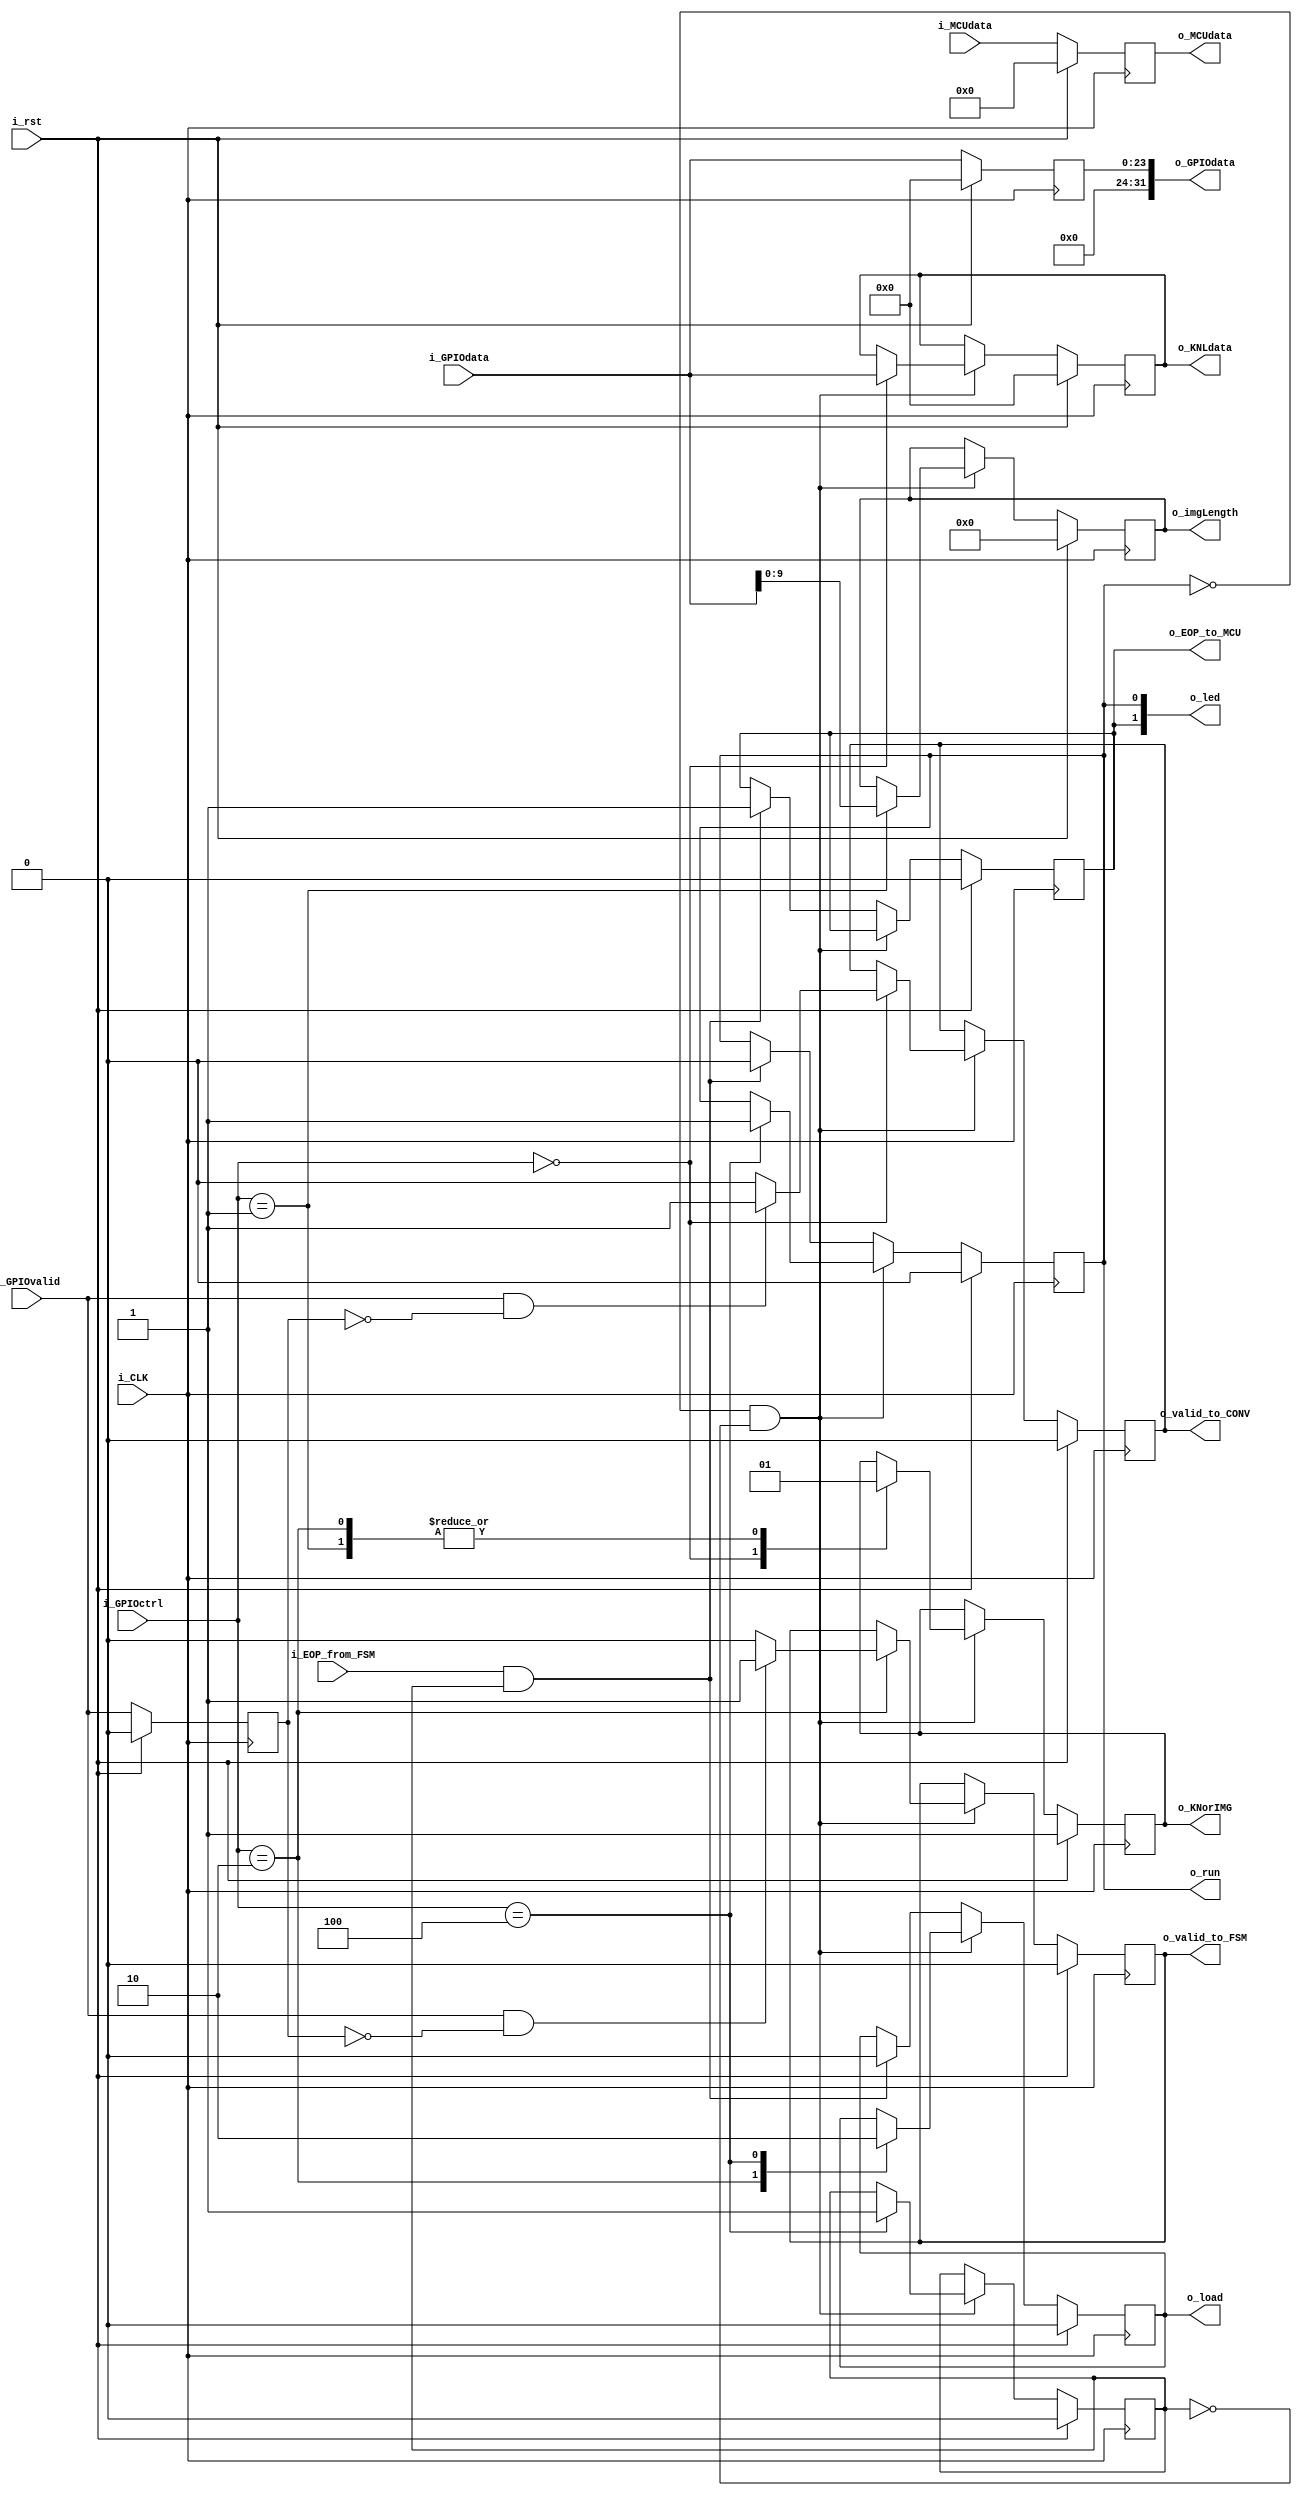
`timescale 1ns / 1ps
//////////////////////////////////////////////////////////////////////////////////
//
// Design Name: Control Block
// Module Name: controlBlock
// Project Name: Img project
// Target Devices: Arty 7
// Tool Versions: 2017.3
// Description: Register file
// 
// Dependencies: 
// 
// Revision:
// Revision 0.01 - File Created
// Additional Comments:
// 
//////////////////////////////////////////////////////////////////////////////////



module ControlBlock(       i_GPIOvalid, 
                            i_GPIOctrl, 
                            i_GPIOdata,
                                 i_rst,
                                 i_CLK,
                        i_EOP_from_FSM, 
                             i_MCUdata,
                            o_GPIOdata,
                                 o_led,
                                o_load,
                           o_imgLength,
                          o_EOP_to_MCU,
                             o_MCUdata,
                                 o_run,
                        o_valid_to_FSM,
                       o_valid_to_CONV, 
                             o_KNLdata,
                              o_KNorIMG
                      );

    
     /*      Register file:
           
           BITS MS SIGNIFICATIVOS (GPIO[31:29])
           
                Cdigo instruccin              Accin
                
                     000                      Cargar kernell
                     001                      Cargar Img_size
                     010                      Cargar Imagen
                     011                      Pedir dato
                     100                      Cambio de estado (a precesamiento)
                     -----------------------------------------
                     101-111                  No utilizados
                     ---------------------------------------
           
           LSB ( GPIOctrl) -> VALID (bit 28 desde top_microblaze; estn los buses separados)
    
        */
      
  //Parametrizacin
  localparam Kernel_load     = 0; 
  localparam ImgSize_load    = 1; 
  localparam Img_load        = 2;
  localparam Data_request    = 3;
  localparam ImgFinished     = 4;  

 //Definicion de puertos
  input  [23:0] i_GPIOdata;
  input  [12:0] i_MCUdata;
  input   [2:0] i_GPIOctrl;
  input         i_GPIOvalid;
  input         i_rst;
  input         i_CLK;
  input         i_EOP_from_FSM;
 
 
  output [31:0] o_GPIOdata;
  output [23:0] o_KNLdata;
  output [12:0] o_MCUdata;
  output  [9:0] o_imgLength;
  output  [2:0] o_led; //o_estado
  output        o_EOP_to_MCU;
  output        o_run;
  output        o_valid_to_FSM;
  output        o_valid_to_CONV;
  output        o_KNorIMG;
  output        o_load;

  reg    [23:0] dataKERNEL;
  reg    [23:0] dataGPIO;
  reg    [12:0] dataMCU;  
  reg    [9:0] imgLength;
  reg     [1:0] go_to_led;     
  reg           validFSM;
  reg           validCONV;
  reg           GPIO_valid_previous_state;
  reg           KI;
  reg           load_reg;
  reg           run_reg;
  reg           EoPMCU_reg;
  reg           go_to_leds;
  reg           runControl;
  // En principio no haria falta el latcheo: reg [3:0] controlGPIO;
    
 //Registers:
  assign {o_valid_to_FSM}  = validFSM;
  assign {o_valid_to_CONV} = validCONV;
  assign {o_KNorIMG}       = KI;
  assign {o_imgLength}     = imgLength;
  assign {o_GPIOdata}      = dataGPIO;
  assign {o_MCUdata}       = dataMCU;
  assign {o_run}           = run_reg;
  assign {o_EOP_to_MCU}    = EoPMCU_reg;
  assign {o_KNLdata}       = dataKERNEL;
  assign {o_load}          = load_reg;
  assign {o_led[0]}        = run_reg;
  assign {o_led[1]}        = EoPMCU_reg;   
     
         
    always @(posedge i_CLK) begin
    
       GPIO_valid_previous_state<=i_GPIOvalid;
       //No afecta que todo el tiempo latchee ambos puertos a los registros internos
       dataMCU<=i_MCUdata;
       dataGPIO<=i_GPIOdata;
    
       if(i_rst) begin
                      
                 go_to_leds <= 3'b000;
                 dataGPIO   <=    'd0;
                 load_reg   <= 'd0;
                dataKERNEL  <=  24'd0;
                   dataMCU  <=  13'd0;
                  imgLength <=  10'd0;
                 go_to_led  <=   3'd0;
                  validFSM  <=   1'b0;
                 validCONV  <=   1'b0;
 GPIO_valid_previous_state  <=   1'b0;
                    run_reg <=   1'b0;
                 EoPMCU_reg <=   1'b0;   
                 runControl <=   1'b0;
                        KI  <=   1'b1; //definido asi en la documentacin.
       end
       else begin    
              //!run_reg => no estoy en estado RUN (si estoy en el mismo, este modulo no cede el control)
              if(run_reg==1'b0 && runControl==1'b0) begin  
               
                case (i_GPIOctrl)
               
                        //Carga kernell
                        Kernel_load:  begin
                                         //Modo kernell activo por bajo
                                         
                                         KI<=1'b0;
                                         dataKERNEL<=i_GPIOdata;
                                         if (i_GPIOvalid && !GPIO_valid_previous_state)
                                                validCONV<=1'b1;
                                         else 
                                                validCONV<=1'b0;
                                 
                                      end
                                
                        //Carga del tamano de la imagen Img_length
                        ImgSize_load: begin
                                        KI<=1'b1;
                                        imgLength<=i_GPIOdata[9:0];
                                      
                                      end 
            
                       //Cargar imagen
                        Img_load:     begin
                                         KI<=1'b1;
                                         //Levanto senal de carga para la FSM
                                         load_reg<=1'b1;
                                         if (i_GPIOvalid && GPIO_valid_previous_state==1'b0)
                                             validFSM<=1'b1;
                                         else 
                                             validFSM<=1'b0;
                                        
                                      end 
                        
                        //Pedir dato
                        Data_request: ;
                                         // Nose si iria algo ms, todo el tiempo latchea la entrada de i_MCUdata, y i_GPIOdata
                                        // a los registros dataGPIO, dataMCU, donde en este estado trabajaria pidiendo datos
                                        // al MCU, siendo validos los mismos, creeria que no hace falta lgica adicional.
                                        
                        ImgFinished: begin
                                        
                                        //Termino carga, paso a estado RUN. Se delega el control del sistema
                                        run_reg<=1'b1;
                                        runControl<=1'b1;
                                        //Bajo senal de carga para la FSM
                                        load_reg <=1'b0;
                                     
                                     end
                        default :   ;
                endcase 
                
                end
                else if (i_EOP_from_FSM && runControl==1'b1) begin
                            //Estando en RUN, al recibir la senal End Of Process del FSM, debo SALIR del estado mencionado
                            //Es decir, se termino la etapa de procesamiento, y se pasa a la etapa OUT poniendo en alto EoP_MCU
                            load_reg<=1'b0;
                            EoPMCU_reg<=1'b1;
                            run_reg<=1'b0;
                            //Hay que bajarlo? Hasta cuando??
              
                end
 
        end//End if/else rst
        
    end //End always
    
    
endmodule